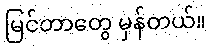
မြင်တာတွေ မှန်တယ်။